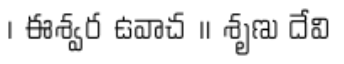
। ఈశ్వర ఉవాచ ॥ శృణు దేవి